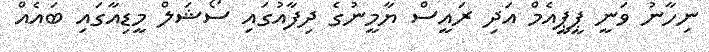
ނިހާނު ވަނީ ޕީޕީއެމް އަދި ރައީސް ޔާމީނުގެ ދިފާއުގައި ސޯޝަލް މީޑިއާގައި ބައެއް